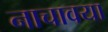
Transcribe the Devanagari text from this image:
नाचावया